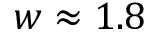
w \approx 1 . 8